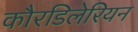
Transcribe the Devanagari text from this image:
कौरडिलेरियन